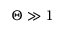
\Theta \gg 1